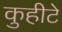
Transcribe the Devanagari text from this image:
कुहीटे